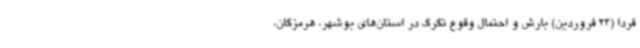
فردا (24 فروردین) بارش و احتمال وقوع تگرگ در استان‌های بوشهر، هرمزگان،